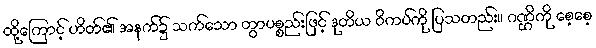
ထို့ကြောင့် ဟိတ်၏ အနက်၌ သက်သော တွာပစ္စည်းဖြင့် ဒုတိယ ဝိကပ်ကို ပြသတည်း။ ဂဏ္ဌိကို စေ့စေ့